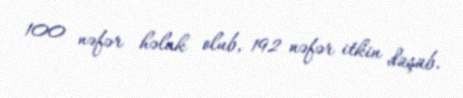
100 nəfər həlak olub, 192 nəfər itkin düşüb.